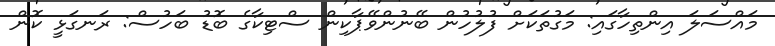
މައްސަލަ އިންތިހާގައި: މަގުތަކަށް ފުލުހުން ބޭނުންވޭޕާކިން ސްޓިކާގެ ބޮޑު ބަހުސް: ރަނގަޅީ ކޮން